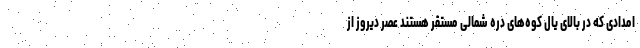
امدادی که در بالای یال کوه‌های دره شمالی مستقر هستند عصر دیروز از